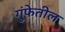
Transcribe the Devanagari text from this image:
गुंफेतील